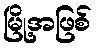
မြို့အဖြစ်